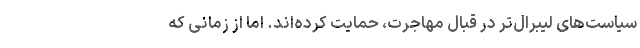
سیاست‌های لیبرال‌تر در قبال مهاجرت، حمایت کرده‌اند. اما از زمانی که